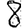
Digit: 8